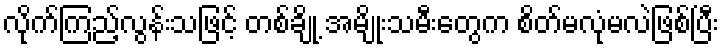
လိုက်ကြည့်လွန်းသဖြင့် တစ်ချို့ အမျိုးသမီးတွေက စိတ်မလုံမလဲဖြစ်ပြီး